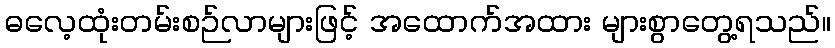
ဓလေ့ထုံးတမ်းစဉ်လာများဖြင့် အထောက်အထား များစွာတွေ့ရသည်။